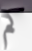
كم